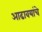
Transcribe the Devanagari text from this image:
आढावयांचे